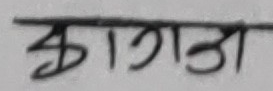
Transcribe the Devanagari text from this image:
कागज